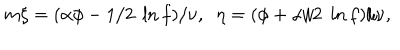
m \xi = ( \alpha \phi - 1 / 2 \; \ln f ) / \nu , \; \; \eta = ( \phi + \alpha / 2 \; \ln f ) / \nu ,